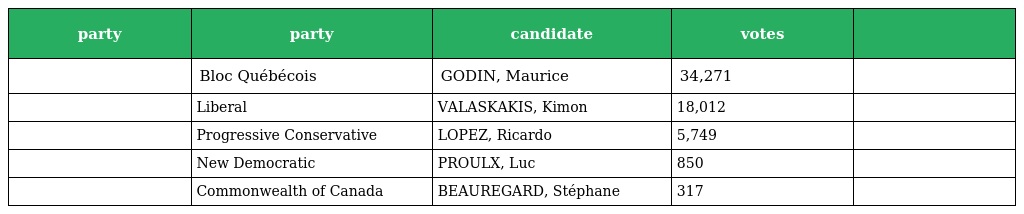
| party | party | candidate | votes |  |
 | --- | --- | --- | --- | --- |
 |  | Bloc Québécois | GODIN, Maurice | 34,271 |  |
 |  | Liberal | VALASKAKIS, Kimon | 18,012 |  |
 |  | Progressive Conservative | LOPEZ, Ricardo | 5,749 |  |
 |  | New Democratic | PROULX, Luc | 850 |  |
 |  | Commonwealth of Canada | BEAUREGARD, Stéphane | 317 |  |